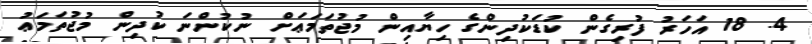
4. 18 އަހަރު ފުރިގެން ކުޑަކުދިންގެ ހިޔާއިން މުޖުތަމަޢަށް ނުކުންނަ ކުދިން މުޖުތަމަޢު